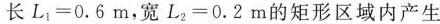
长$$L_{1}=0.6m$$，宽$$L_{2}=0.2m$$的矩形区域内产生